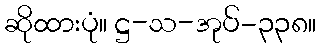
ဆိုထားပုံ။ ဋ္ဌ-သ-အုပ်-၃၃၈။